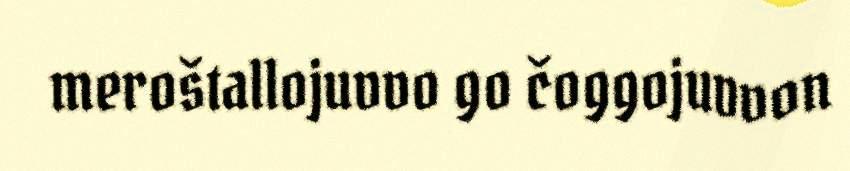
meroštallojuvvo go čoggojuvvon